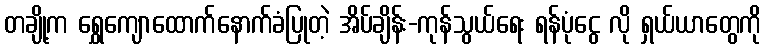
တချို့က ရွှေကျောထောက်နောက်ခံပြုတဲ့ အိပ်ချိန်း-ကုန်သွယ်ရေး ရန်ပုံငွေ လို ရှယ်ယာတွေကို